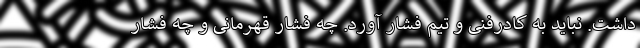
داشت. نباید به کادرفنی و تیم فشار آورد. چه فشار قهرمانی و چه فشار